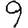
Digit: 9